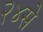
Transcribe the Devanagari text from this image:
२४से